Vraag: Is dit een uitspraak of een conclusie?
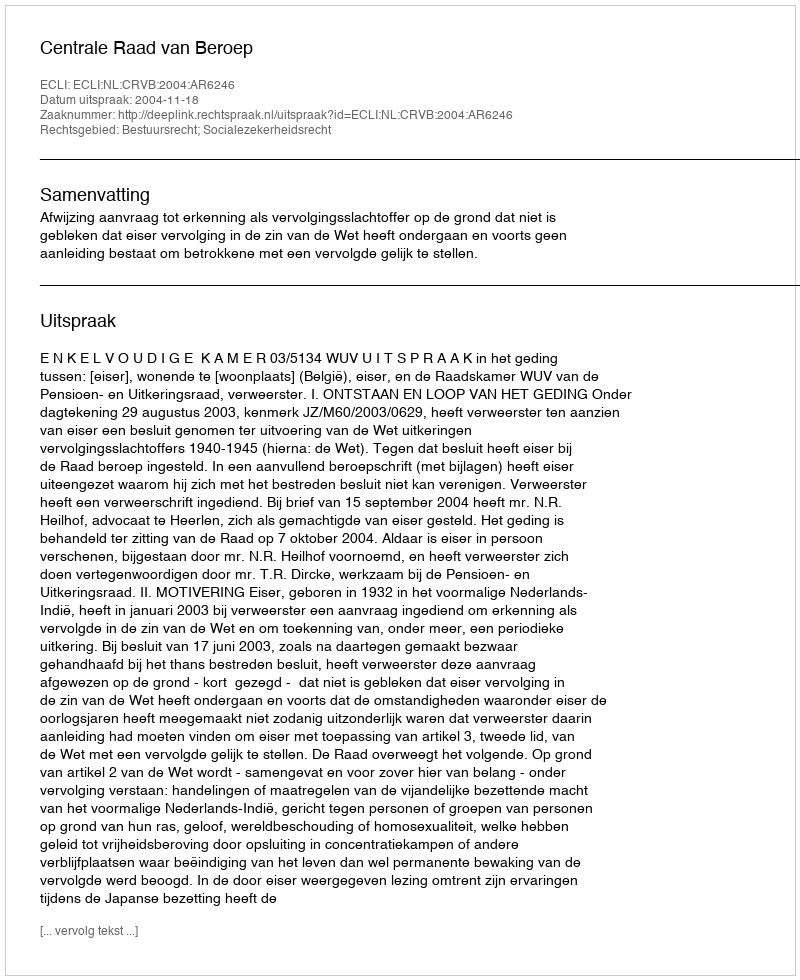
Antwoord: Uitspraak